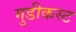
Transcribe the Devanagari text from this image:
गुडीकस्ट